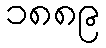
၁၈၈၉